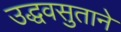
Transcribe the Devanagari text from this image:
उद्धवसुताने